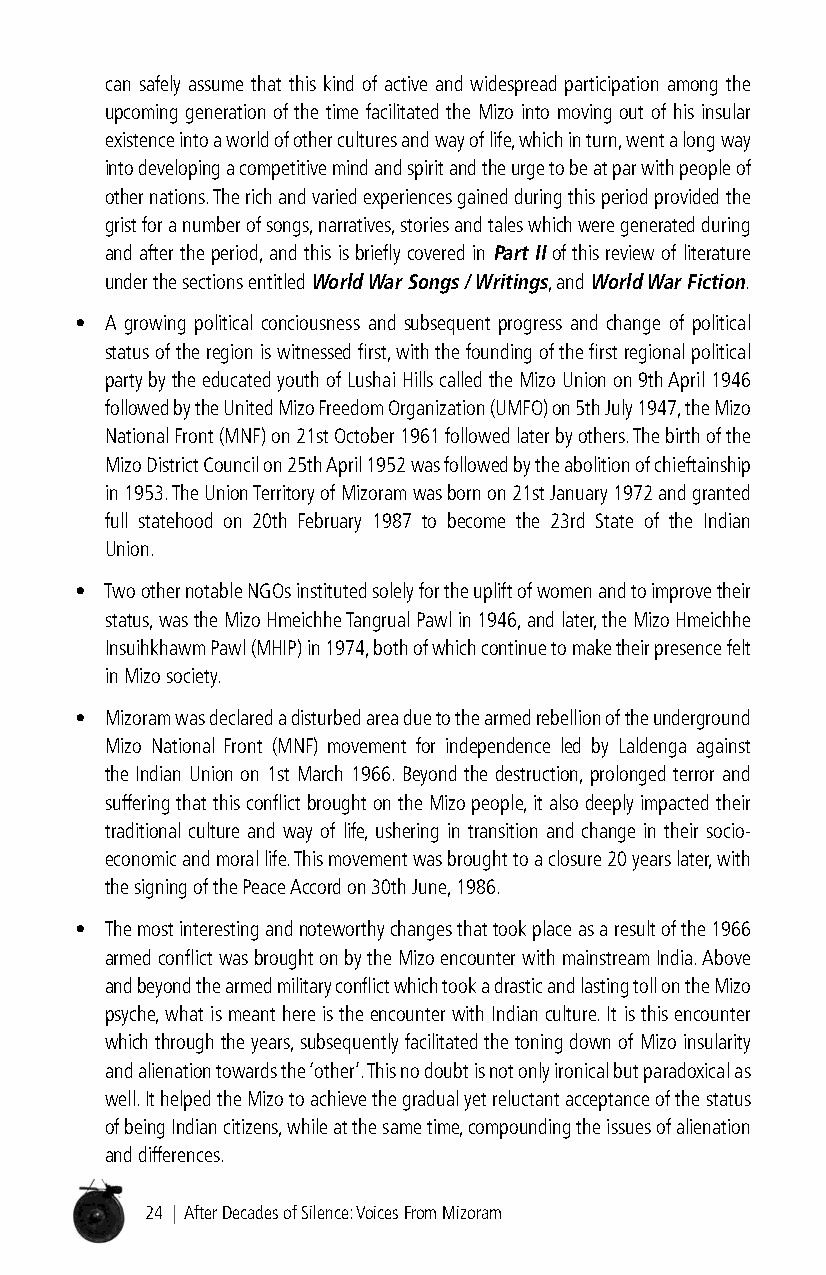
can safely assume that this kind of active and widespread participation among the
 upcoming generation of the time facilitated the Mizo into moving out of his insular
 existence into a world of other cultures and way of life, which in turn, went a long way
 into developing a competitive mind and spirit and the urge to be at par with people of
 other nations. The rich and varied experiences gained during this period provided the
 grist for a number of songs, narratives, stories and tales which were generated during
 and after the period, and this is briefly covered in Part ii of this review of literature
 under the sections entitled World War songs / Writings, and World War fiction.
 • A growing political conciousness and subsequent progress and change of political
 status of the region is witnessed first, with the founding of the first regional political
 party by the educated youth of Lushai Hills called the Mizo Union on 9th April 1946
 followed by the United Mizo Freedom Organization (UMFO) on 5th July 1947, the Mizo
 National Front (MNF) on 21st October 1961 followed later by others. The birth of the
 Mizo District Council on 25th April 1952 was followed by the abolition of chieftainship
 in 1953. The Union Territory of Mizoram was born on 21st January 1972 and granted
 full statehood on 20th February 1987 to become the 23rd State of the Indian
 Union.
 • Two other notable NGOs instituted solely for the uplift of women and to improve their
 status, was the Mizo Hmeichhe Tangrual Pawl in 1946, and later, the Mizo Hmeichhe
 Insuihkhawm Pawl (MHIP) in 1974, both of which continue to make their presence felt
 in Mizo society.
 • Mizoram was declared a disturbed area due to the armed rebellion of the underground
 Mizo National Front (MNF) movement for independence led by Laldenga against
 the Indian Union on 1st March 1966. Beyond the destruction, prolonged terror and
 suffering that this conflict brought on the Mizo people, it also deeply impacted their
 traditional culture and way of life, ushering in transition and change in their socio-
 economic and moral life. This movement was brought to a closure 20 years later, with
 the signing of the Peace Accord on 30th June, 1986.
 • The most interesting and noteworthy changes that took place as a result of the 1966
 armed conflict was brought on by the Mizo encounter with mainstream India. Above
 and beyond the armed military conflict which took a drastic and lasting toll on the Mizo
 psyche, what is meant here is the encounter with Indian culture. It is this encounter
 which through the years, subsequently facilitated the toning down of Mizo insularity
 and alienation towards the ‘other’. This no doubt is not only ironical but paradoxical as
 well. It helped the Mizo to achieve the gradual yet reluctant acceptance of the status
 of being Indian citizens, while at the same time, compounding the issues of alienation
 and differences.
 24 | After Decades of Silence: Voices From Mizoram